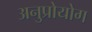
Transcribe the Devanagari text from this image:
अनुप्रोयोग